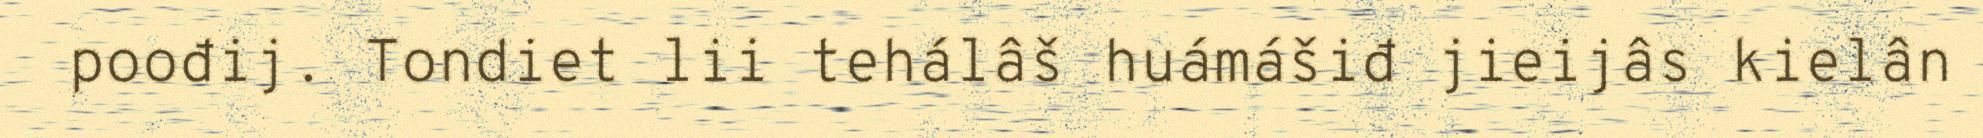
poođij. Tondiet lii tehálâš huámášiđ jieijâs kielân